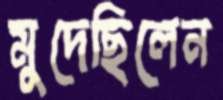
মুদেছিলেন